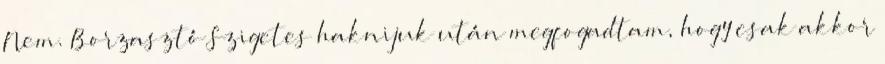
Nem. Borzasztó Szigetes haknijuk után megfogadtam, hogy csak akkor